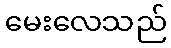
မေးလေသည်